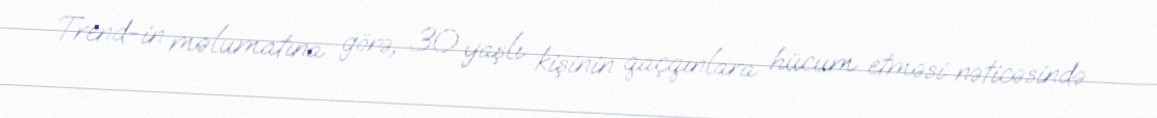
Trend-in məlumatına görə, 30 yaşlı kişinin qaçqınlara hücum etməsi nəticəsində